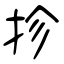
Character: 抮